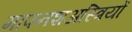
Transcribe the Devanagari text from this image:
मापनशअस्त्रियों